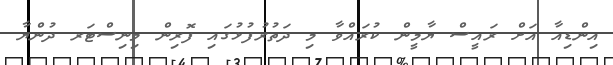
އިންޑިއާ އަށް ރައީސް ޔާމީން ކުރައްވާ މި ދަތުރުފުޅުގައި ފޮރިން މިނިސްޓަރ ދުންޔާ